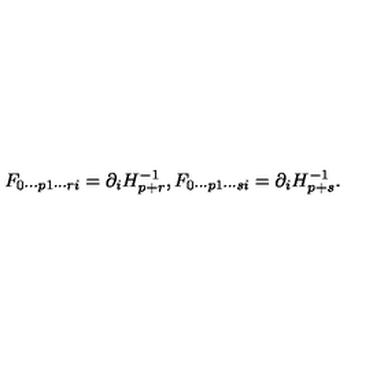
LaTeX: F _ { 0 \cdots p 1 \cdots r i } = \partial _ { i } H _ { p + r } ^ { - 1 } , F _ { 0 \cdots p 1 \cdots s i } = \partial _ { i } H _ { p + s } ^ { - 1 } .